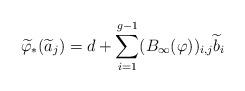
LaTeX: \begin{align*} \widetilde{\varphi}_*(\widetilde{a}_j) = d + \sum_{i=1}^{g-1}(B_\infty(\varphi))_{i,j}\widetilde{b}_i \end{align*}